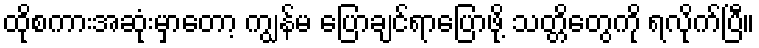
ထိုစကားအဆုံးမှာတော့ ကျွန်မ ပြောချင်ရာပြောဖို့ သတ္တိတွေကို ရလိုက်ပြီ။